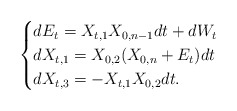
\begin{align*} \begin{cases}dE_t = X_{t,1}X_{0,n-1}dt + dW_t \\dX_{t,1} = X_{0,2}(X_{0,n} + E_t)dt \\ dX_{t,3} = -X_{t,1}X_{0,2}dt.\end{cases}\end{align*}